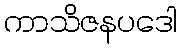
ကာသိဇနပဒေါ